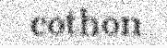
cothon